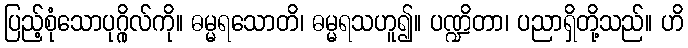
ပြည့်စုံသောပုဂ္ဂိုလ်ကို။ ဓမ္မရသောတိ၊ ဓမ္မရသဟူ၍။ ပဏ္ဍိတာ၊ ပညာရှိတို့သည်။ ဟိ